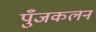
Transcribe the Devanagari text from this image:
पुँजकलन